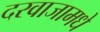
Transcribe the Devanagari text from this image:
दरवाजामधे